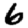
Digit: 6